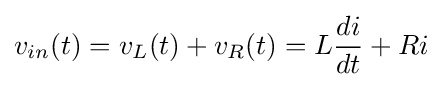
v_{in}(t)=v_{L}(t)+v_{R}(t)=L{\frac {di}{dt}}+Ri